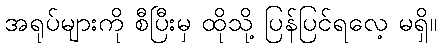
အရုပ်များကို စီပြီးမှ ထိုသို့ ပြန်ပြင်ရလေ့ မရှိ။